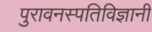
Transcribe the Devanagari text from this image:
पुरावनस्पतिविज्ञानी